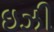
ઇઝી